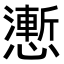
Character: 𭟌